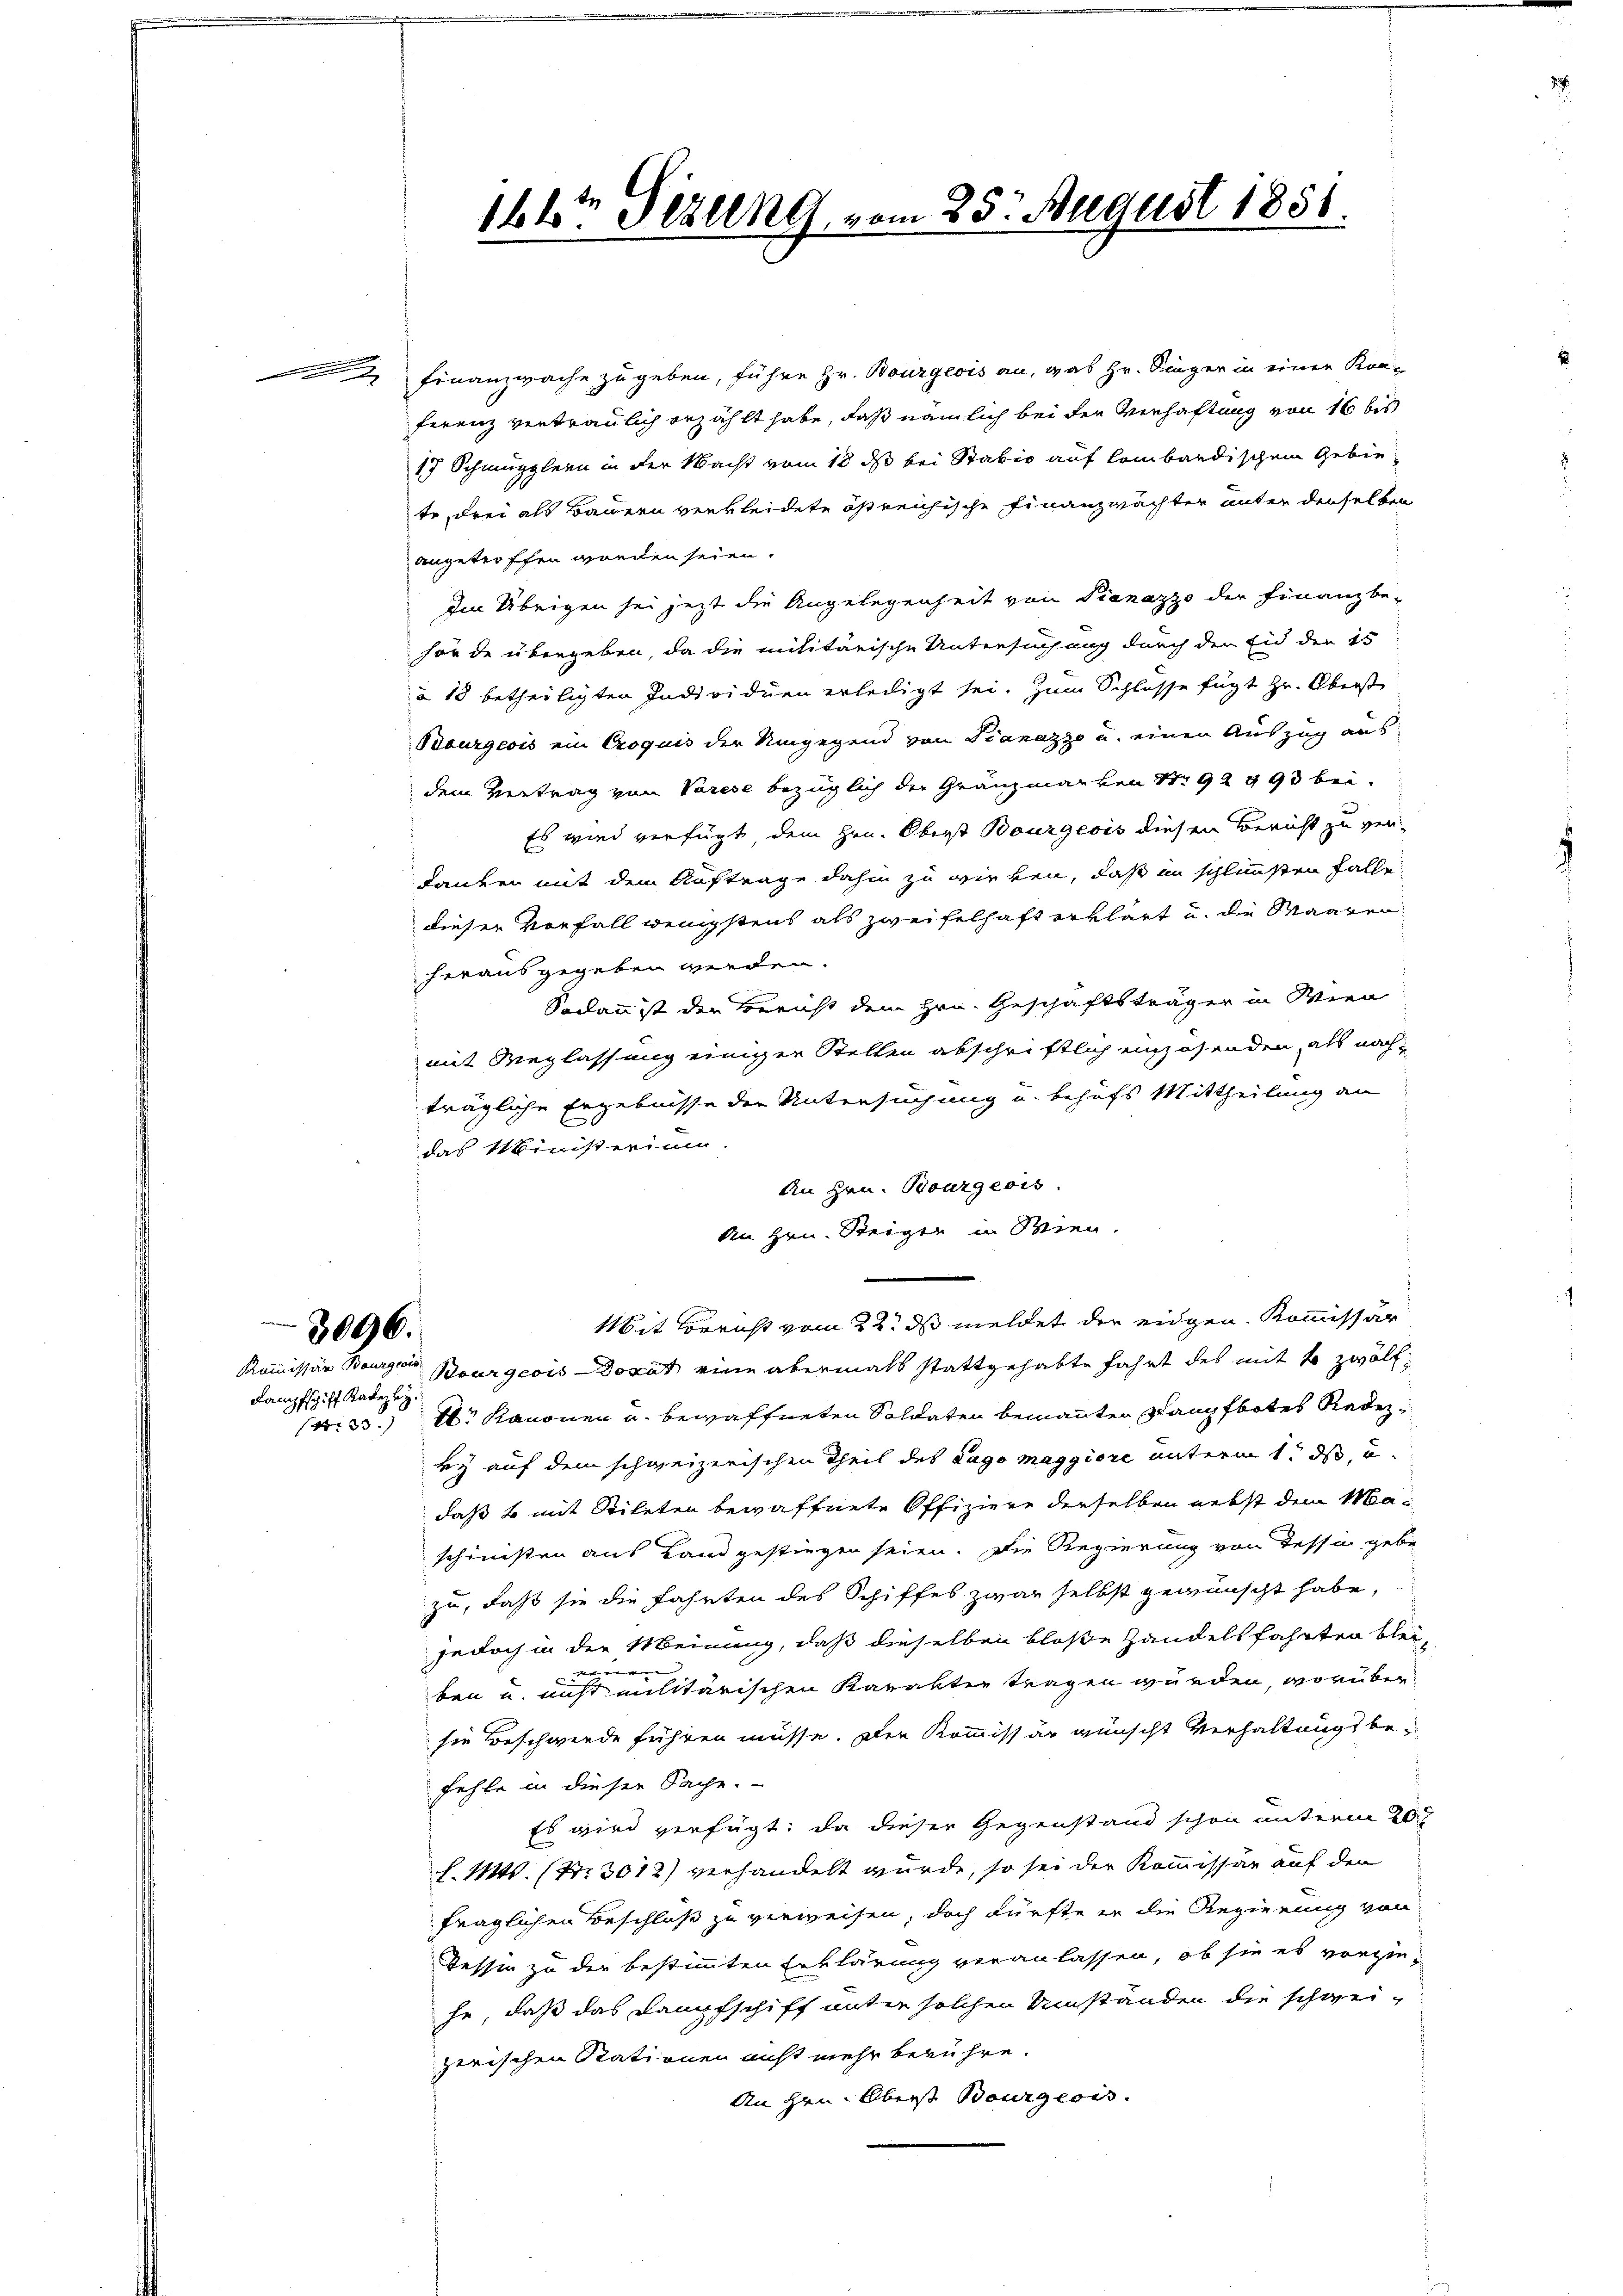
Kampfschiff Kadezeÿ

3096.

Finanzwache zu geben, führe Hr. Bourgeois an, was Hr. Singer in einer Kon-
ferenz vertraulich erzählt habe, daß nämlich bei der Verhaftung von 16 bis
17 Schmupplern in der Macht vom 18. ds bei Stabio auf lombardischem Gebiete, drei als Bauern verkleidete östreichische Finanzmächter unter denselben
angetroffen worden seien.
Im Übrigen sei jetzt die Angelegenheit von Dianazzo der Finanzbe-
hörde übergeben, da die militärische Untersuchung durch den Eid der 15
à 18 betheiligten Individuen erledigt sei. Zum Schlasse fügt zu. Oberst
Bourgeois ein Croquis der Umgegend von Dianazzo u. einen Auszug aus
dem Vertrag von Varese bezüglich der Gränzmarken Nr. 92 993 bei¬
Es wird verfügt dem Hrn. Oberst Bourgeois diesen Bericht zu verdanken mit dem Auftrage dahin zu wirken, daß in schlimmsten Falle
dieser Vorfall wenigstens als zweifelhaft erklärt u. die Waaren
herausgegeben werden.
Sodann ist den Bericht dem Hrn. Geschäftsträger in Wien
mit Weglassung einiger Stellen abschriftlich einzusenden, als nach
trägliche Ergebnisse der Untersuchung u. behufs Mittheilung an
das Ministerium.
An Hrn. Bourgeois.
An Hrn. Steiger in Wien.
Mit Bericht vom 22. ds meldet der eigen Kommissär
Kommissär Bourger Bourgeois-Dozat eine abermals stattgehabte fahrt des mit 6 zwölf
Nr. 33.) Dr. Kanonen u. bewaffneten Soldaten bemannten Dampfbotes Radery auf dem schweizerischen Theil des Lago maggiore unterm 1. ds, u.
daß b mit Stileten bewaffnete Offiziere derselben nebst dem Maschinisten aus Land gestiegen seien. Die Regierung von Tessin gebe
zu, daß sie die Fahrten des Schiffes zwar selbst gewünscht habe,
jedoch in der Meinung, daß dieselben bloße Handelsfahrten bleiben u. nicht militärischen Karakter tragen würden, worüber
sie Beschwerde führen müsse. Der Kommissär wünscht Verhaltungsbefehle in dieser Sache.
Es wird verfügt: da dieser Gegenstand schon unterm 20.
l. Mts. (Nr. 3012) verhandelt wurde, so sei der Kommissär auf den
fraglichen Beschluß zu verweisen, doch dürfte er die Regierung von
Tessin zu der bestimmten Erklärung veranlassen, ob sie es vorzuhe, daß das Dampfschiff unter solchen Umständen die schwei-
zerischen Stationen nicht mehr berühre.
An Hrn. Oberst Bourgeois.

16t Setzung, vom 25. August 1858.